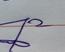
Signature authenticity: genuine